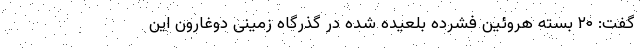
گفت: ۲۰ بسته هروئین فشرده بلعیده شده در گذرگاه زمینی دوغارون این